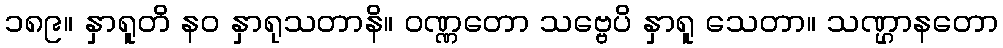
၁၈၉။ နှာရူတိ နဝ နှာရုသတာနိ။ ဝဏ္ဏတော သဗ္ဗေပိ နှာရူ သေတာ။ သဏ္ဌာနတော